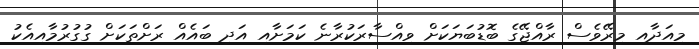
މިއަދާއި މިރޭވެސް ރާއްޖޭގެ ބޮޑުބަޔަކަށް ވިއްސާރަކުރާނެ ކަމަށާއި އަދި ބައެއް ރަށްތަކަށް ގުގުރުމާއިއެކު